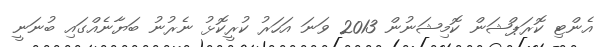
އެންޓި ކޮރަޕްޝަން ކޮމިޝަނުން 2013 ވަނަ އަހަރު ކުރީކޮޅު ނެރުނު ބަޔާނެއްގައި ބުނަނީ